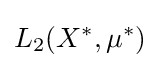
L_{2}(X^{*},\mu ^{*})